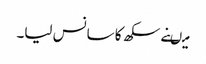
میںنے سکھ کا سانس لیا۔